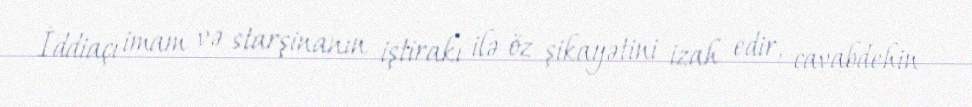
İddiaçı imam və starşinanın iştirakı ilə öz şikayətini izah edir, cavabdehin